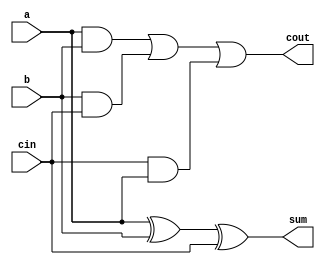
`timescale 1ns / 1ps
//////////////////////////////////////////////////////////////////////////////////
// Company: 
// Engineer: 
// 
// Design Name: 
// Module Name:    full_adder 
// Project Name: 
// Target Devices: 
// Tool versions: 
// Description: 
//
// Dependencies: 
//
// Revision: 
// Revision 0.01 - File Created
// Additional Comments: Authored by Mainak Chaudhuri
//
//////////////////////////////////////////////////////////////////////////////////
module full_adder(a, b, cin, sum, cout
    );

	input a, b, cin;
	output sum, cout;
	wire sum, cout;
	
	assign sum = a^b^cin;
	assign cout = (a&b) | (b&cin) | (cin&a);

endmodule